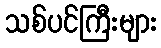
သစ်ပင်ကြီးများ